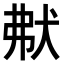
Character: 𤝟